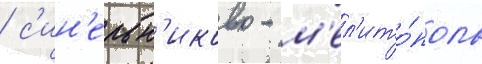
/ с'ин'ельн'иково - м'ел'ито́поль